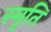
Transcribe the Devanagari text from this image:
स्मृ़ति